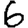
Digit: 6